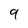
Character: 9